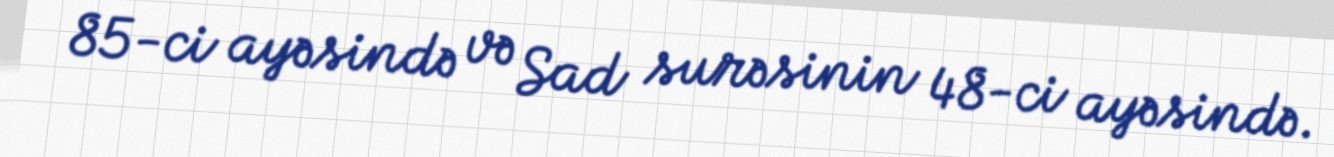
85-ci ayəsində və Sad surəsinin 48-ci ayəsində.